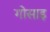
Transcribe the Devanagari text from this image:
गोसाइ